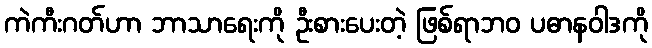
ကဲကီးဂတ်ဟာ ဘာသာရေးကို ဦးစားပေးတဲ့ ဖြစ်ရာဘဝ ပဓာနဝါဒကို